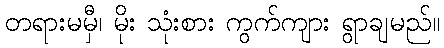
တရားမမှီ၊ မိုး သုံးစား ကွက်ကျား ရွာချမည်။